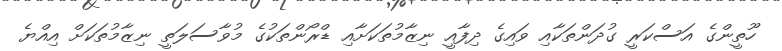
ހޫތީންގެ އަސްކަރީ ގުދަންތަކާއި ވައިގެ ދިފާއީ ނިޒާމުތަކަށާއި ޑްރޯންތަކުގެ މުވާސަލަތީ ނިޒާމުތަކަށް އިއްޔެ